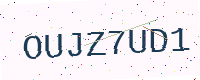
Text: OUJZ7UD1